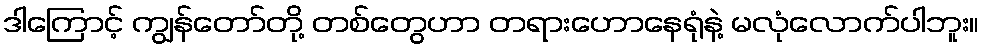
ဒါကြောင့် ကျွန်တော်တို့ တစ်တွေဟာ တရားဟောနေရုံနဲ့ မလုံလောက်ပါဘူး။